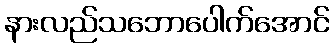
နားလည်သဘောပေါက်အောင်